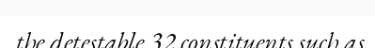
the detestable 32 constituents such as